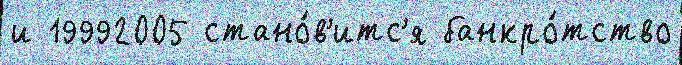
и 19992005 стано́в'итс'я банкро́тство